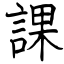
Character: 課